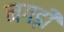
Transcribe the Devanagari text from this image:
नगड़ी